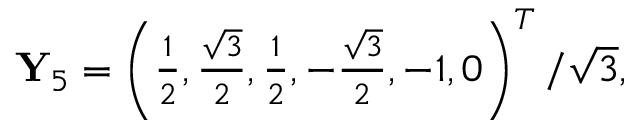
\begin{array} { r } { \mathbf { Y } _ { 5 } = \left( \frac { 1 } { 2 } , \frac { \sqrt { 3 } } { 2 } , \frac { 1 } { 2 } , - \frac { \sqrt { 3 } } { 2 } , - 1 , 0 \right) ^ { T } / \sqrt { 3 } , } \end{array}